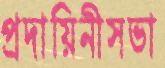
প্রদায়িনীসভা